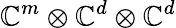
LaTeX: \mathbb{C}^{m}\otimes\mathbb{C}^{d}\otimes\mathbb{C}^{d}